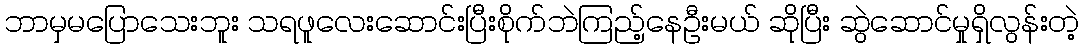
ဘာမှမပြောသေးဘူး သရဖူလေးဆောင်းပြီးစိုက်ဘဲကြည့်နေဦးမယ် ဆိုပြီး ဆွဲဆောင်မှုရှိလွန်းတဲ့